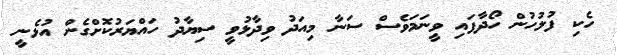
ހެކި ފުލުހުން ހޯދާފައި ވީނަމަވެސް ސަނާ މިއަދު ވިދާޅުވީ ސިޔާދު ހައްޔަރުކޮށްގެން އުޅެނީ